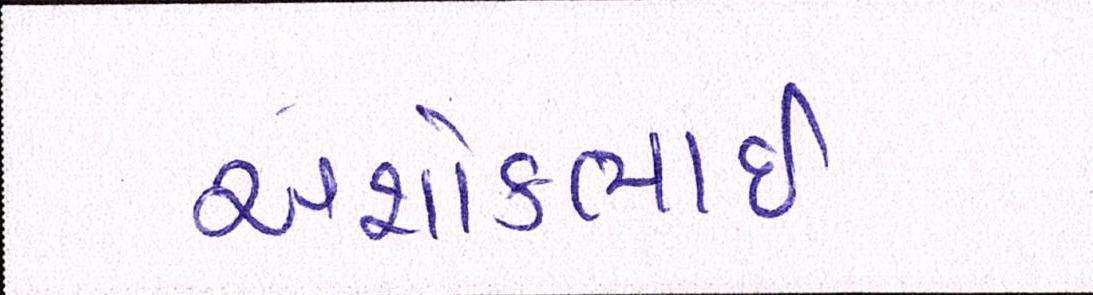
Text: અશોકભાઇ